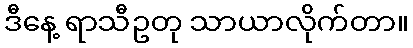
ဒီနေ့ ရာသီဥတု သာယာလိုက်တာ။